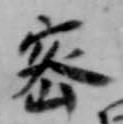
密